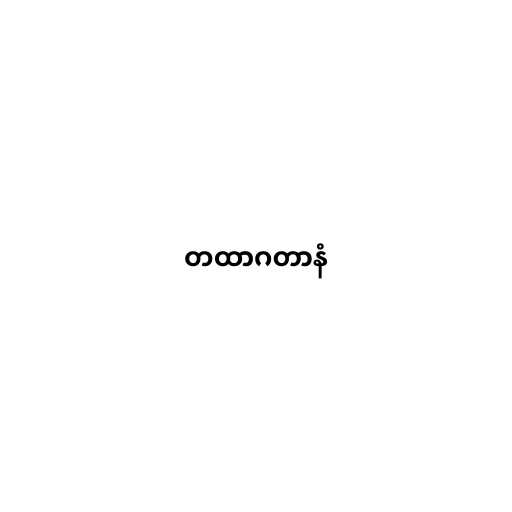
တထာဂတာနံ